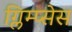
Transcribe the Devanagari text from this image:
ग्लिम्प्सेस